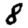
Digit: 8